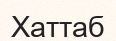
Хаттаб